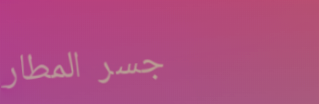
جسر المطار